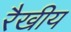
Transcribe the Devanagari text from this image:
रैखीय